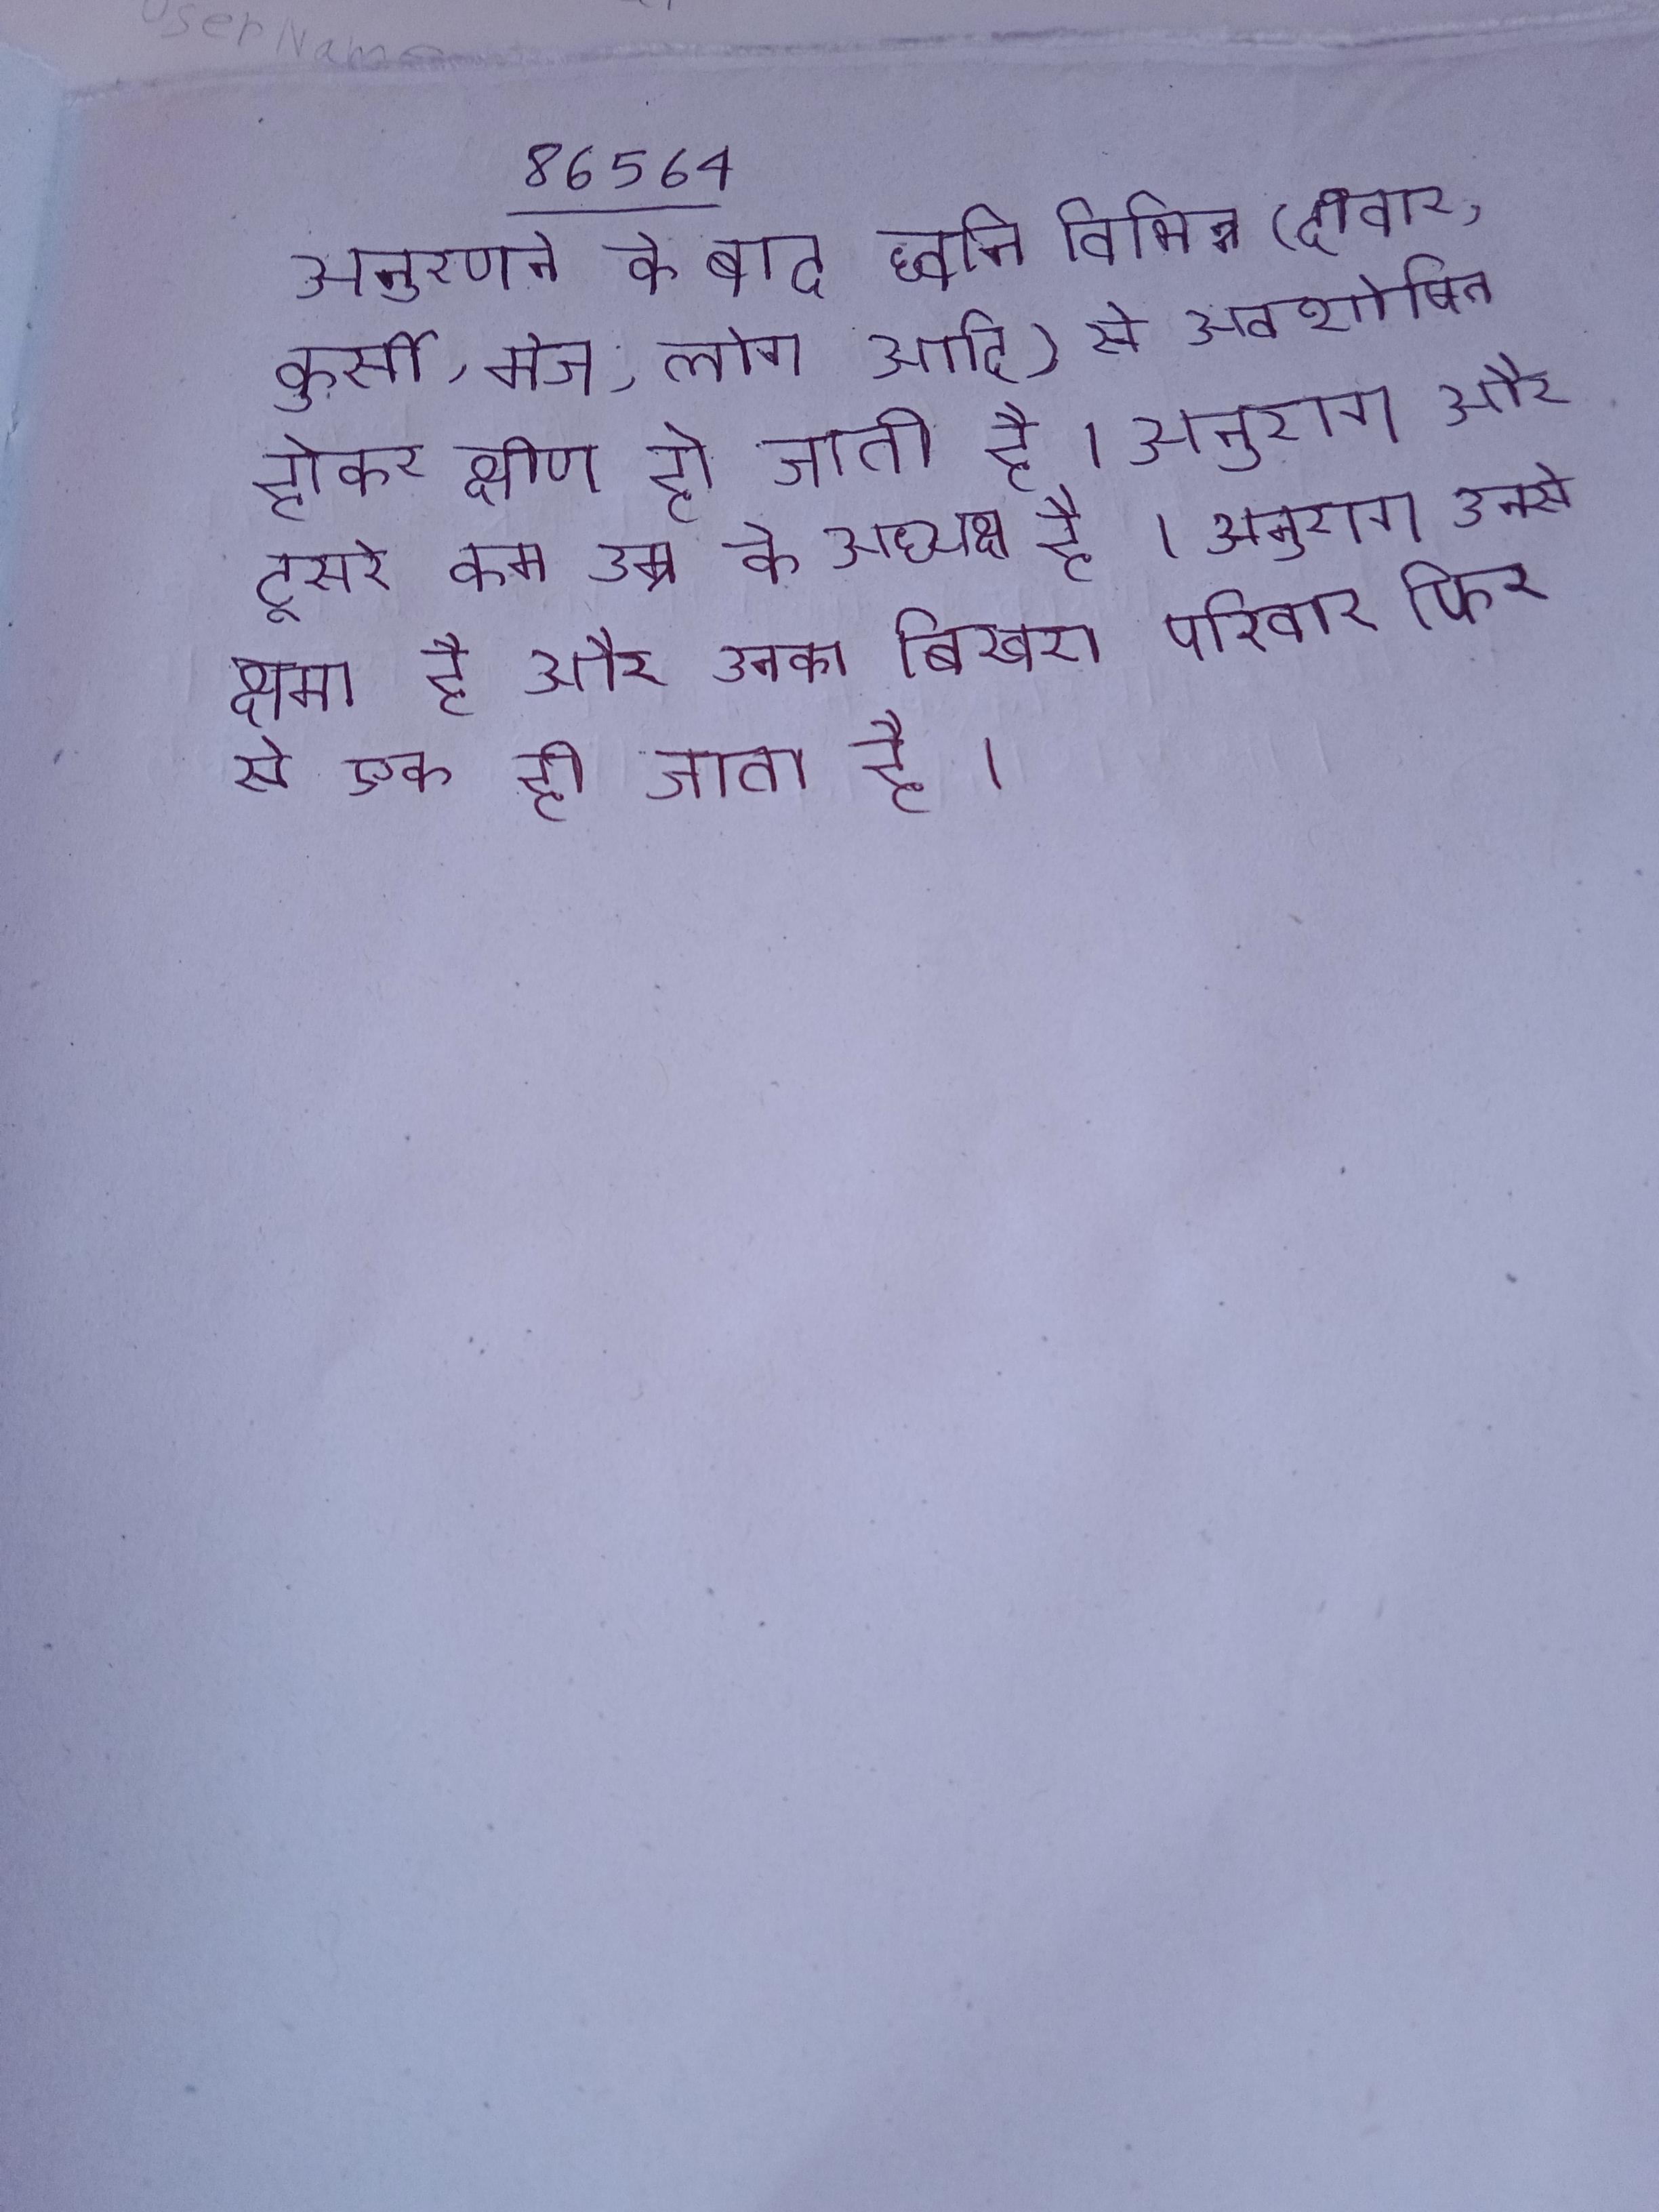
अनुरणन के बाद ध्वनि विभिन्न (दीवार, कुर्सी, मेज, लोग आदि) से अवशोषित होकर क्षीण हो जाती है । अनुराग और दूसरे कम उम्र के अध्यक्ष है । अनुराग उनसे क्षमा है और उनका बिखरा परिवार फिर से एक हो जाता है ।